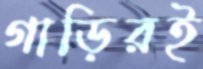
গাড়িরই